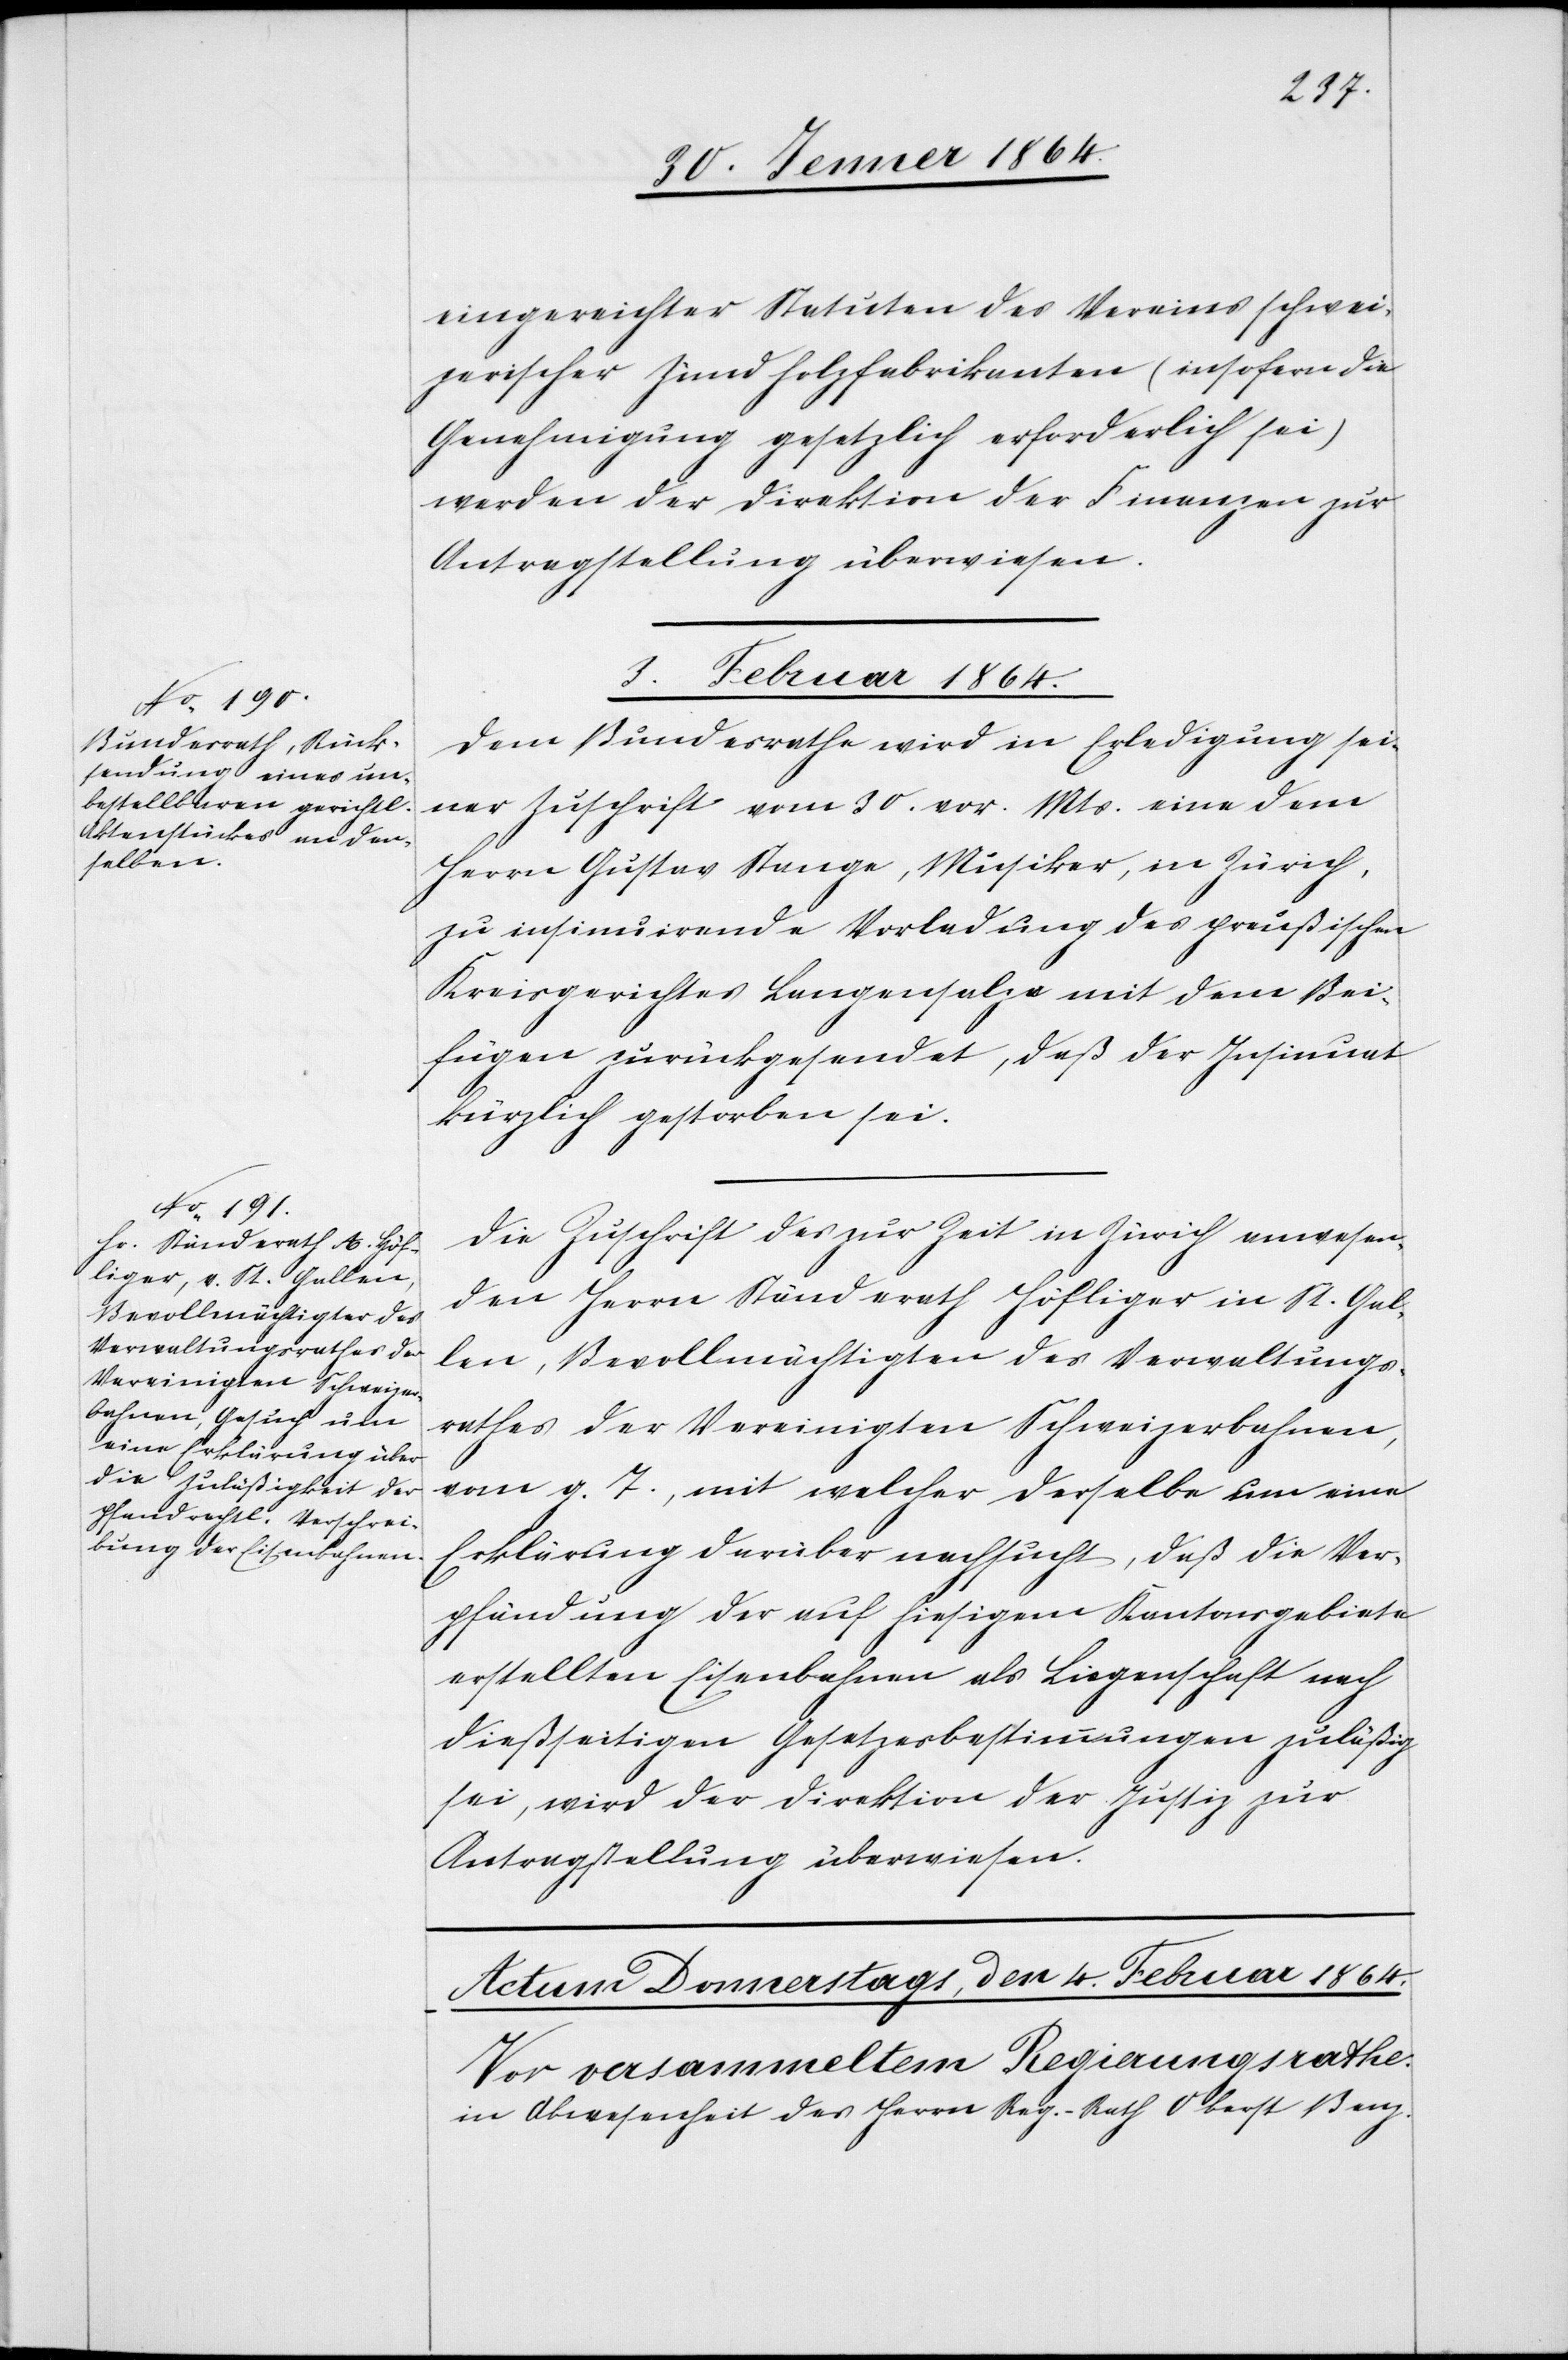
eingereichter [sic!] Statuten des Vereins schwei¬
zerischer Zündholzfabrikanten (insofern die
Genehmigung gesetzlich erforderlich sei)
werden der Direktion der Finanzen zur
Antragstellung überwiesen.
3. Februar 1864.]
Dem Bundesrathe wird in Erledigung sei¬
ner Zuschrift vom 30. vor. Mts. eine dem
Herrn Gustav Stange, Musiker, in Zürich,
zu insinuierende Vorladung des preußischen
Kreisgerichtes Langensalza mit dem Bei¬
fügen zurückgesendet, daß der Insinuat
kürzlich gestorben sei.
Die Zuschrift des zur Zeit in Zürich anwesen¬
den Herrn Ständerath Höfliger in St. Gal¬
len, Bevollmächtigten des Verwaltungs¬
rathes der Vereinigten Schweizerbahnen,
vom g. T., mit welcher derselbe um eine
Erklärung darüber nachsucht, daß die Ver¬
pfändung der auf hiesigem Kantonsgebiete
erstellten Eisenbahnen als Liegenschaft nach
dießseitigen Gesetzesbestimmungen zuläßig
sei, wird der Direktion der Justiz zur
Antragstellung überwiesen.